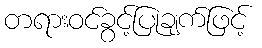
တရားဝင်ခွင့်ပြုချက်ဖြင့်